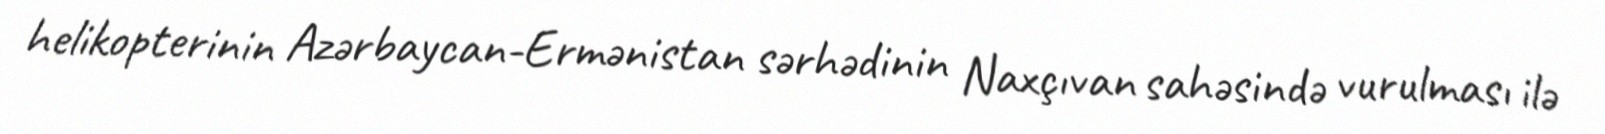
helikopterinin Azərbaycan-Ermənistan sərhədinin Naxçıvan sahəsində vurulması ilə